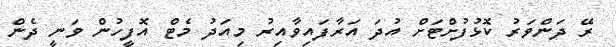
ރޭ ދަންވަރު ކޮޅުފުށްޓަށް އުދަ އަރާފައިވާއިރު މިއަދު މެޓް އޮފީހުން ވަނީ ދެން